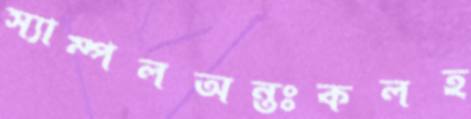
স্যাম্পলঅন্তঃকলহ